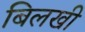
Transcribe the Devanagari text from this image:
बिलखी